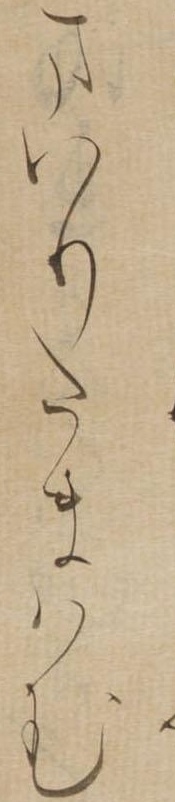
まいりたまはむ